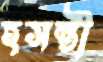
হসন্তী